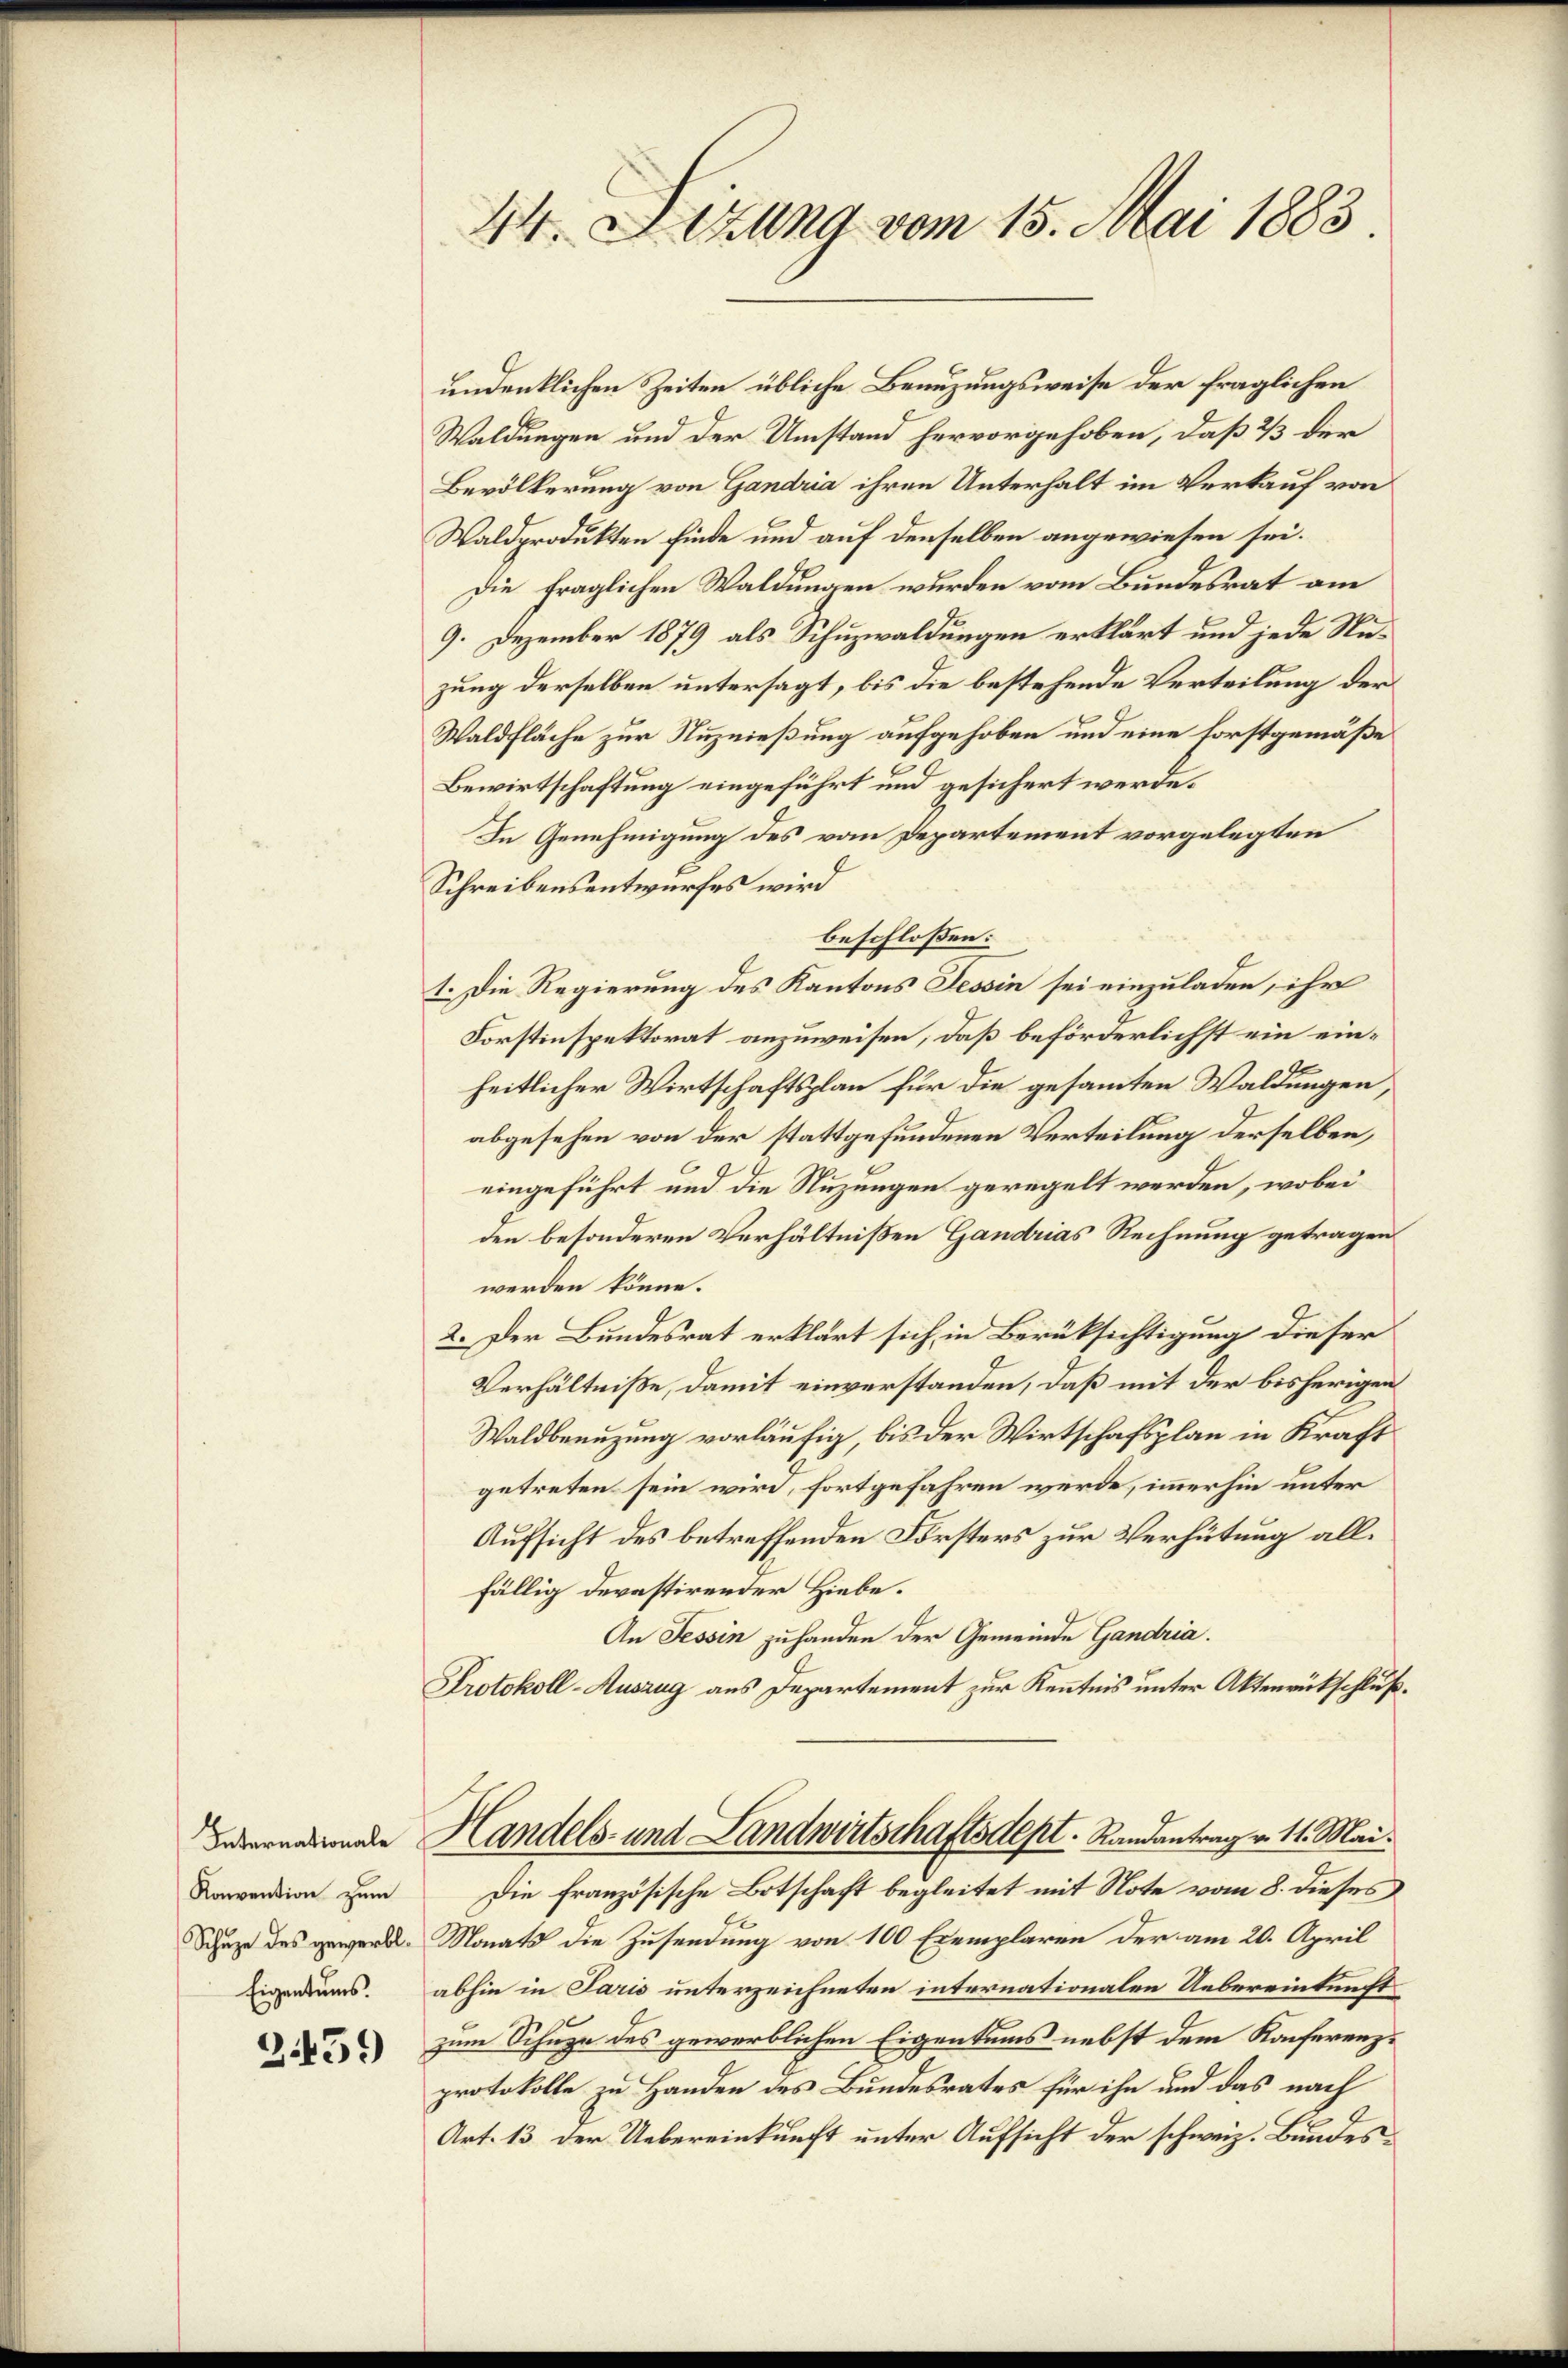
Konvention zum
Schuze des gewerbl.
Eigentums.

3459

44. Sitzung vom 15. Mai 1883

undenklichen Zeiten übliche Benuzungsweise der fraglichen
Waldungen und der Umstand hervorgehoben, daß 3 der
Bevölkerung von Gandria ihren Unterhalt im Verkauf von
Waldprodukten finde und auf denselben angewiesen sei.
Die fraglichen Waldungen wurden vom Bundesrat am
9. Dezember 1879 als Schuzwaldungen erklärt und jede Nazung derselben untersagt, bis die bestehende Verteilung der
Waldfläche zur Nuznießung aufgehoben und eine forstgemäße
Bewirtschaftung eingeführt und gesichert werde.
In Genehmigung des vom Departement vorgelegten
Schreibensentwurfes wird
beschlossen:
1. Die Regierung des Kantons Tessin sei einzuladen, ihr
Forstinspektorat anzuweisen, daß beförderlichst ein einheitlicher Wirtschaftsplan für die gesammten Waldungen,
abgesehen von der stattgefundenen Verteilung derselben,
eingeführt und die Nuzungen geregelt werden, wobei
den besonderen Verhältnißen Gandrias Rechnung getragen
werden könne.
2. Der Bundesrat erklärt sich in Berüksichtigung dieser
Verhältniße, damit einverstanden, daß mit der bisherigen
Waldbenuzung vorläufig, bis der Wirtschafsplan in Kraft
getreten sein wird, fortgefahren werde, immerhin unter
Aufsicht des betreffenden Försters zur Verhütung allfällig Devastirender Hiebe.
An Tessin zuhanden der Gemeinde Gandria.
Protokoll-Auszug aus Departement zur Kenntnis unter Aktenrückschluß¬
Febernahmende Handels- und Landwirtschaftsdept. Randantrag v. 11. Mai.
Die französische Botschaft begleitet mit Note vom 8. dieses
Monats die Zusendung von 100 Exemplaren der am 20. April
abhin in Paris unterzeichneten internationalen Uebereinkunft
zum Schuze des gewerblichen Eigentums nebst dem Konferenzprotokolle zu Handen des Bundesrates für ihn und das nach
Art. 13. der Uebereinkunft unter Aufsicht der schweiz. Bundes¬